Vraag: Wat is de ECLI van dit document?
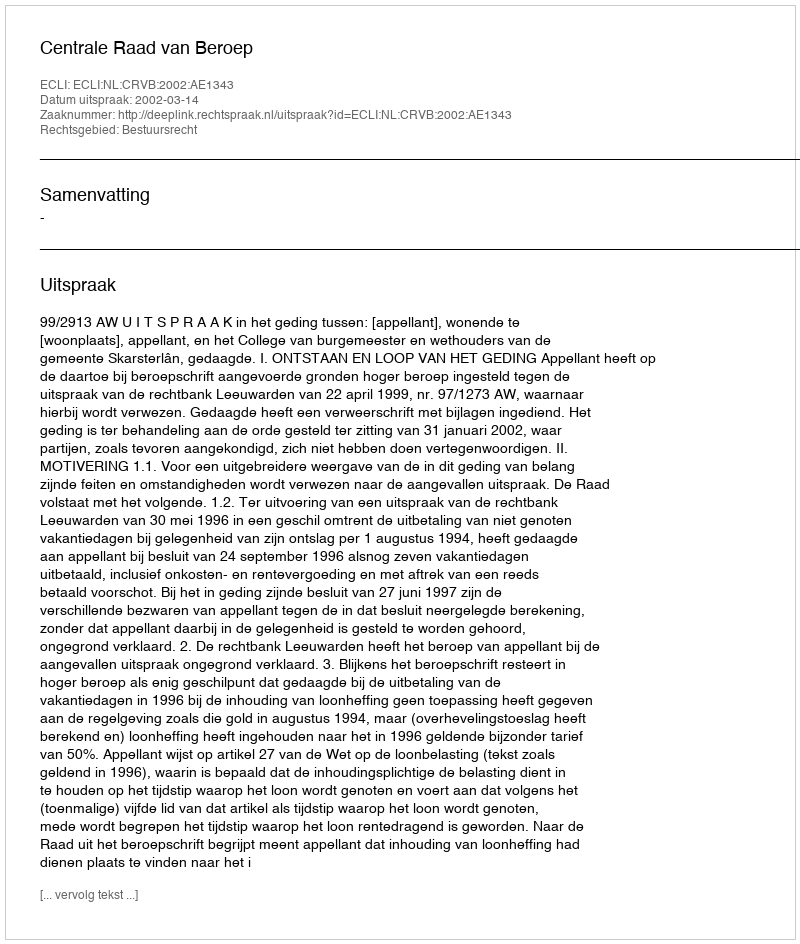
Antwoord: ECLI:NL:CRVB:2002:AE1343